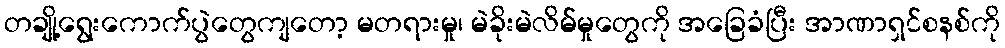
တချို့ရွေးကောက်ပွဲတွေကျတော့ မတရားမှု၊ မဲခိုးမဲလိမ်မှုတွေကို အခြေခံပြီး အာဏာရှင်စနစ်ကို